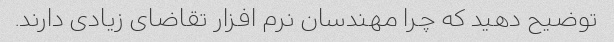
توضیح دهید که چرا مهندسان نرم افزار تقاضای زیادی دارند.